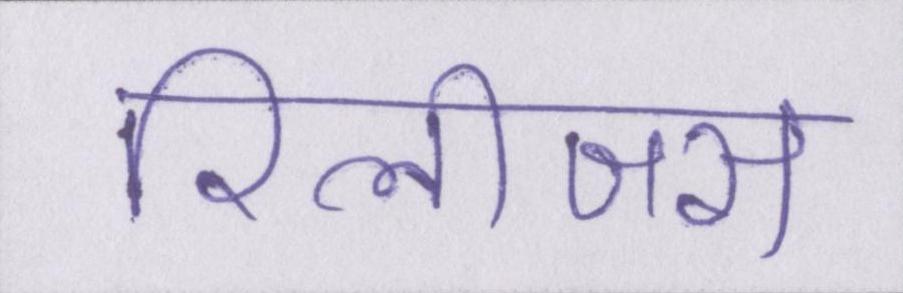
रिलीजस